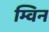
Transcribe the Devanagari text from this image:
म्विन